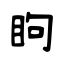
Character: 眗